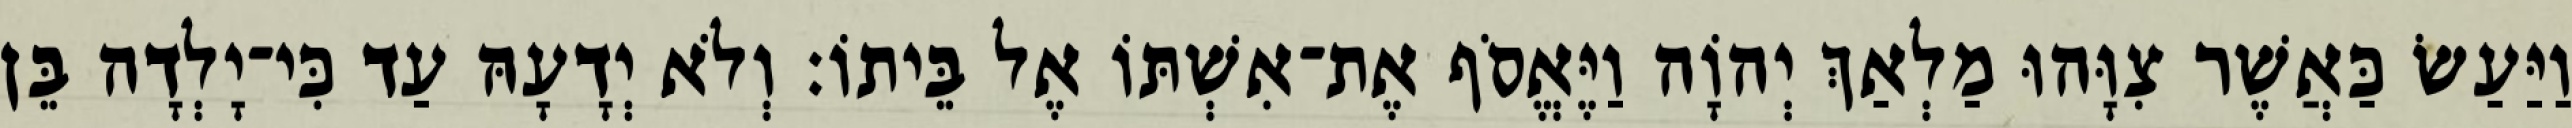
וַיַּעַשׂ כַּאֲשֶׁר צִוָּהוּ מַלְאַךְ יְהוָֹה וַיֶּאֱסֹף אֶת־אִשְׁתּוֹ אֶל בֵּיתוֹ׃ וְלֹא יְדָעָהּ עַד כִּי־יָלְדָה בֵּן